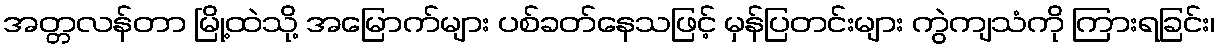
အတ္တလန်တာ မြို့ထဲသို့ အမြောက်များ ပစ်ခတ်နေသဖြင့် မှန်ပြတင်းများ ကွဲကျသံကို ကြားရခြင်း၊